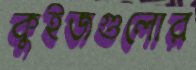
কুইজগুলোর